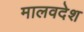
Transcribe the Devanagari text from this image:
मालवदेश